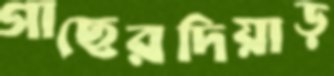
গাছেরদিয়াড়